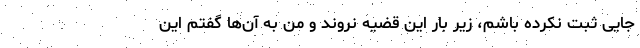
جایی ثبت نکرده باشم، زیر بار این قضیه نروند و من به آن‌ها گفتم این